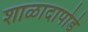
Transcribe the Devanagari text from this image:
शाळादापोडे